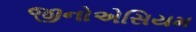
જીનોએસિયમ